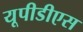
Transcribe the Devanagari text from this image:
यूपीडीएस